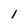
Character: l